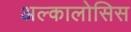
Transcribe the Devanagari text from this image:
अल्कालोसिस